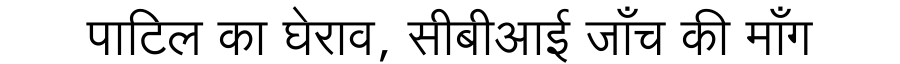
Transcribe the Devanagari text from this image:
पाटिल का घेराव, सीबीआई जाँच की माँग